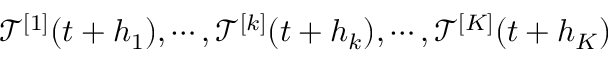
\mathcal { T } ^ { [ 1 ] } ( t + h _ { 1 } ) , \cdots , \mathcal { T } ^ { [ k ] } ( t + h _ { k } ) , \cdots , \mathcal { T } ^ { [ K ] } ( t + h _ { K } )